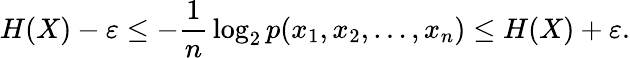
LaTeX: H(X)-\varepsilon\leq-{\frac{1}{n}}\log_{2}p(x_{1},x_{2},\ldots,x_{n})\leq H(X)+\varepsilon.